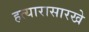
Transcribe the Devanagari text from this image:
हत्यारासारखे